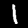
Digit: 1